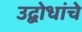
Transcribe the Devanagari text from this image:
उद्बोधांचे